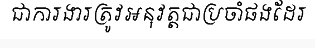
ជាការងារត្រូវអនុវត្តជាប្រចាំផងដែរ